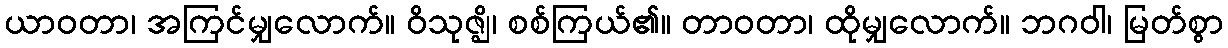
ယာဝတာ၊ အကြင်မျှလောက်။ ဝိသုဇ္ဈိ၊ စစ်ကြယ်၏။ တာဝတာ၊ ထိုမျှလောက်။ ဘဂဝါ၊ မြတ်စွာ